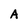
Character: A